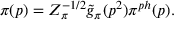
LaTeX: \pi ( p ) = Z _ { \pi } ^ { - 1 / 2 } \tilde { g } _ { \pi } ( p ^ { 2 } ) \pi ^ { p h } ( p ) .